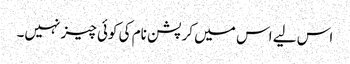
اس لیے اس میں کرپشن نام کی کوئی چیز نہیں۔